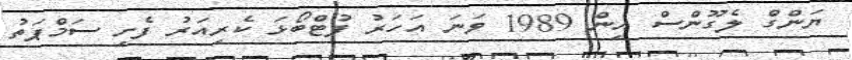
ޔަންގް ލެގޫންސް އިން 1989 ވަނަ އަހަރު ފުޓްބޯޅަ ކެރިއަރު ފެށި ސަމްޕަތު